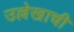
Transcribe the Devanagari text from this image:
उल्लेखाची